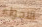
الاجواء